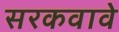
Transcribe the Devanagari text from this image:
सरकवावे